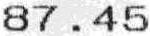
87.45